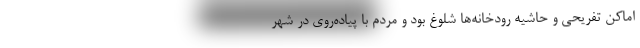
اماکن تفریحی و حاشیه رودخانه‌ها شلوغ بود و مردم با پیاده‌روی در شهر